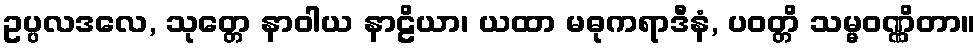
ဥပ္ပလဒလေ, သုတ္တေ နာဝါယ နာဠိယာ၊ ယထာ မဓုကရာဒီနံ, ပဝတ္တိ သမ္မဝဏ္ဏိတာ။